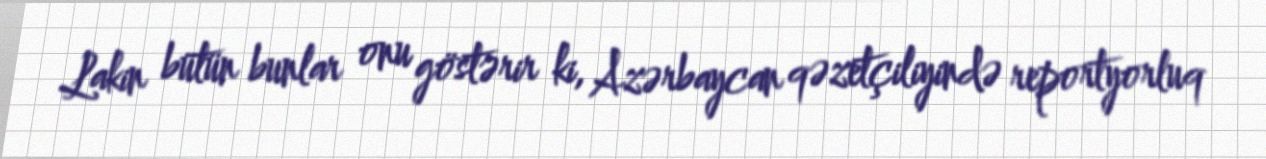
Lakin bütün bunlar onu göstərir ki, Azərbaycan qəzetçiliyində reportyorluq